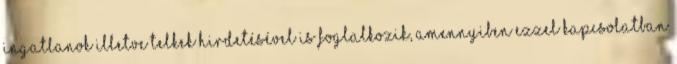
ingatlanok illetve telkek hirdetésével is foglalkozik, amennyiben ezzel kapcsolatban